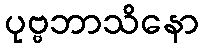
ပုဗ္ဗဘာသိနော